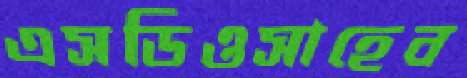
এসডিওসাহেব